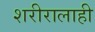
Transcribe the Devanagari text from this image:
शरीरालाही